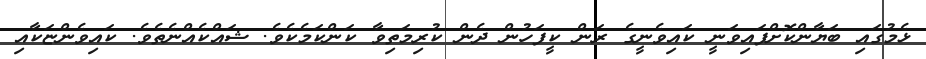
ޅެމުގައި ބަޔާންކޮށްފައިވަނީ ކައިވެނީގެ ރަން ކީފަހުން ދެން ކުރިމަތިވާ ކަންކަމެކެވެ. ޝައްކެއްނެތެވެ. ކައިވެންޏަކާއި